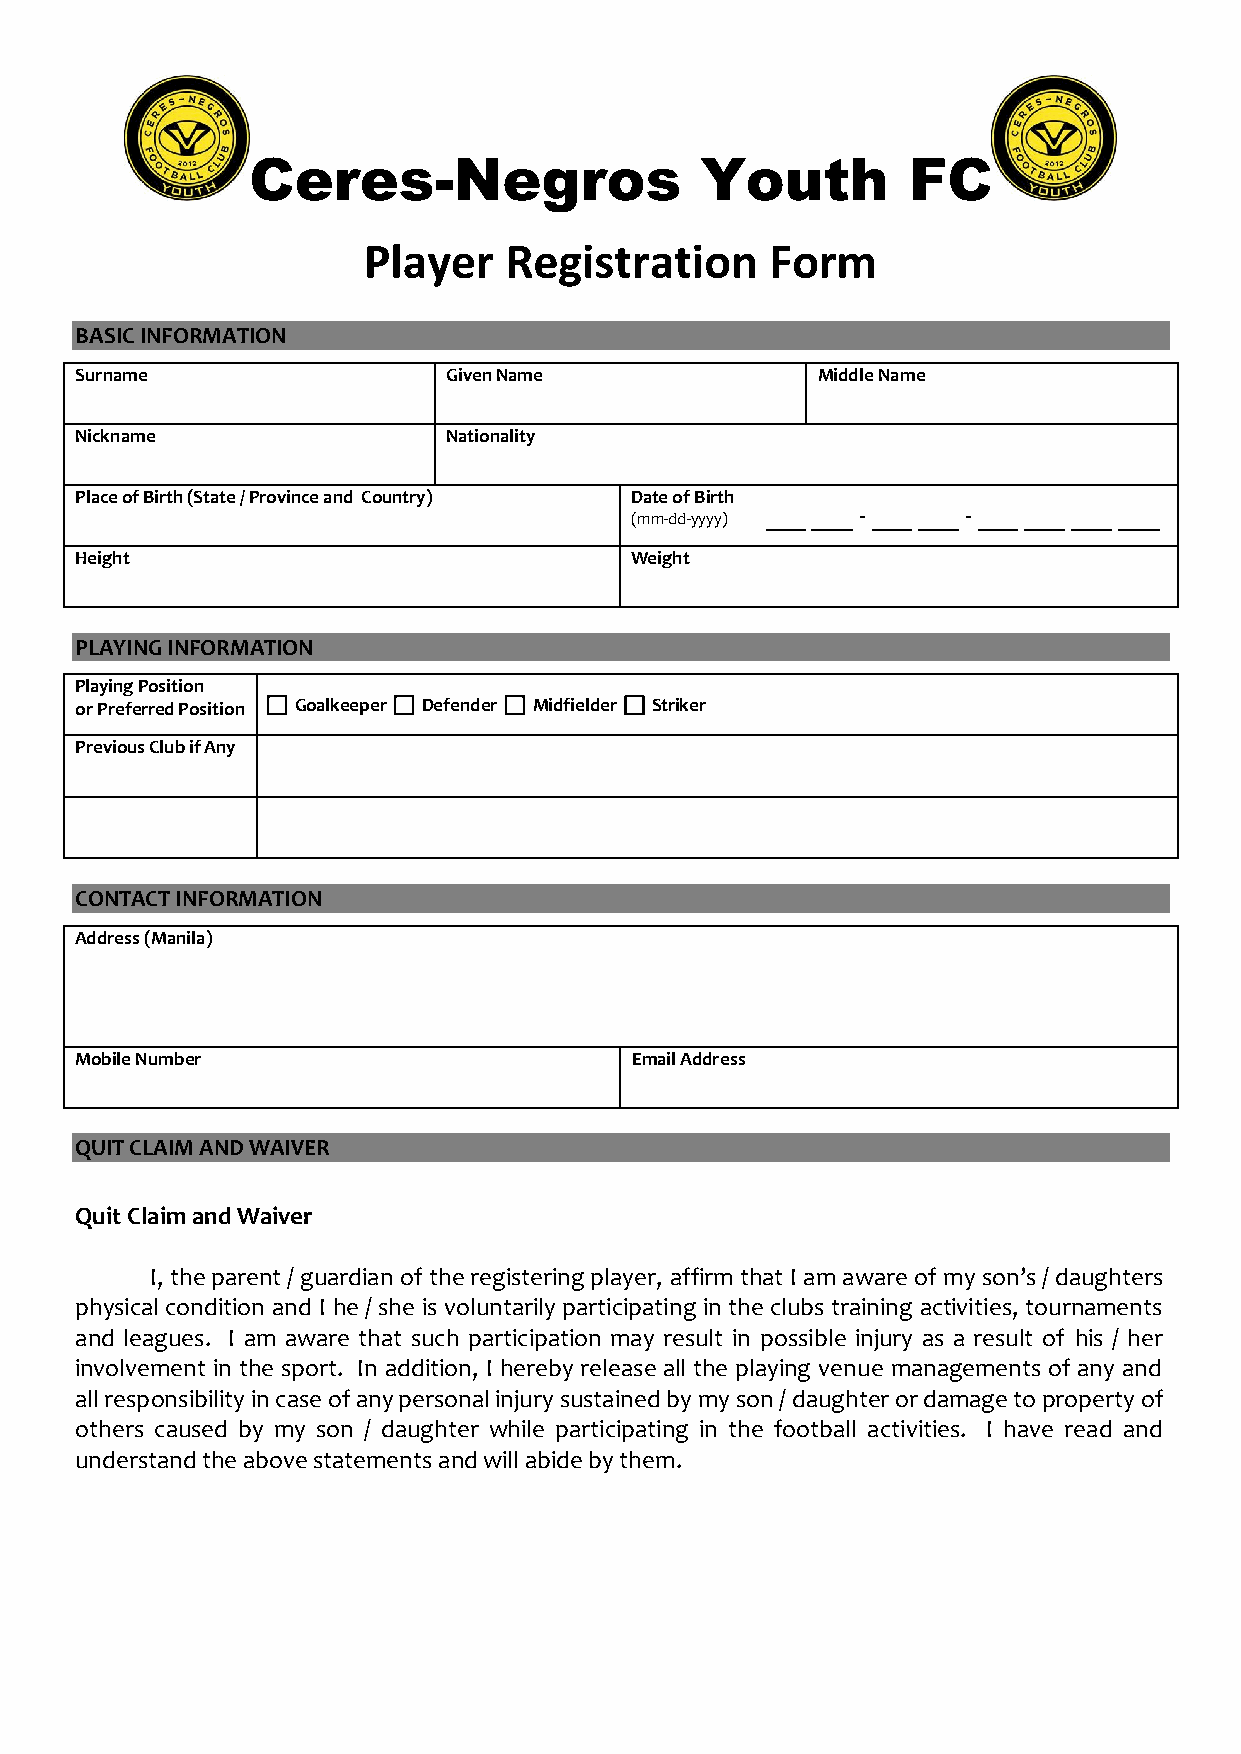
Ceres-Negros                  Youth         FC
 Player   Registration      Form
 BASIC INFORMATION
 Surname                  Given Name              Middle Name
 Nickname                 Nationality
 Place of Birth (State / Province and Country) Date of Birth
 ___ ___ - ___ ___ - ___ ___ ___ ___
 (mm-dd-yyyy)
 Height                               Weight
 PLAYING INFORMATION
 Playing Position
 or Preferred Position  Goalkeeper  Defender  Midfielder  Striker
 Previous Club if Any
 CONTACT INFORMATION
 Address (Manila)
 Mobile Number                        Email Address
 QUIT CLAIM AND WAIVER
 Quit Claim and Waiver
 I, the parent / guardian of the registering player, affirm that I am aware of my son’s / daughters
 physical condition and I he / she is voluntarily participating in the clubs training activities, tournaments
 and leagues. I am aware that such participation may result in possible injury as a result of his / her
 involvement in the sport. In addition, I hereby release all the playing venue managements of any and
 all responsibility in case of any personal injury sustained by my son / daughter or damage to property of
 others caused by my son / daughter while participating in the football activities. I have read and
 understand the above statements and will abide by them.